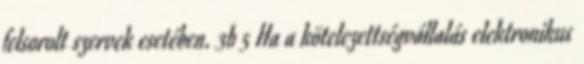
felsorolt szervek esetében. 3b 5 Ha a kötelezettségvállalás elektronikus